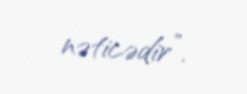
nəticədir”.